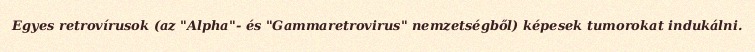
Egyes retrovírusok (az "Alpha"- és "Gammaretrovirus" nemzetségből) képesek tumorokat indukálni.